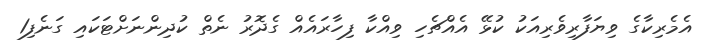
އެމެރިކާގެ ވިޔަފާރިވެރިއަކު ކުޅޭ އެއްޗެހި ވިއްކާ ފިހާރައެއް ގެދޮރު ނެތް ކުދިންނަށްޓަކައި ގަނެފި1